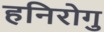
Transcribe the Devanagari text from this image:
हनिरोगु